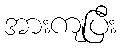
အားကျပြီး